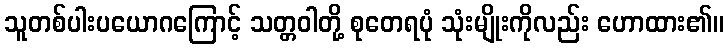
သူတစ်ပါးပယောဂကြောင့် သတ္တဝါတို့ စုတေရပုံ သုံးမျိုးကိုလည်း ဟောထား၏။